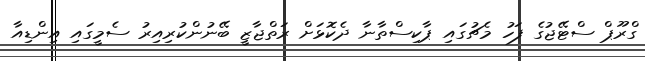
ގްރޫޕް ސްޓޭޖުގެ ފަހު މެޗުގައި ޕާކިސްތާނާ ދެކޮޅަށް ރަތްޖާޒީ ބޭނުންކުރިއިރު ސެމީގައި އިންޑިއާ